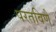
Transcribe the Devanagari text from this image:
परतविणे